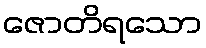
ဇောတိရသော